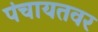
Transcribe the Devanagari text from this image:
पंचायतवर